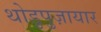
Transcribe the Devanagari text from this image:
थोडुपुज़ायार